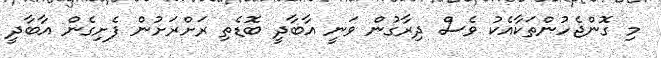
މި ގޮންޖެހުންތަކާއެކު ވެސް ދިރާގުން ވަނީ އާބާދީ ބޮޑެތި ރަށްރަށުން ފެށިގެން އާބާދީ